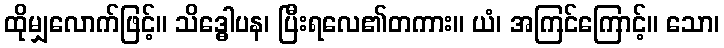
ထိုမျှလောက်ဖြင့်။ သိဒ္ဓေါပန၊ ပြီးရလေ၏တကား။ ယံ၊ အကြင်ကြောင့်။ သော၊